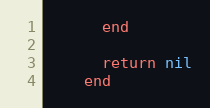
Language: Ruby
      end

      return nil
    end